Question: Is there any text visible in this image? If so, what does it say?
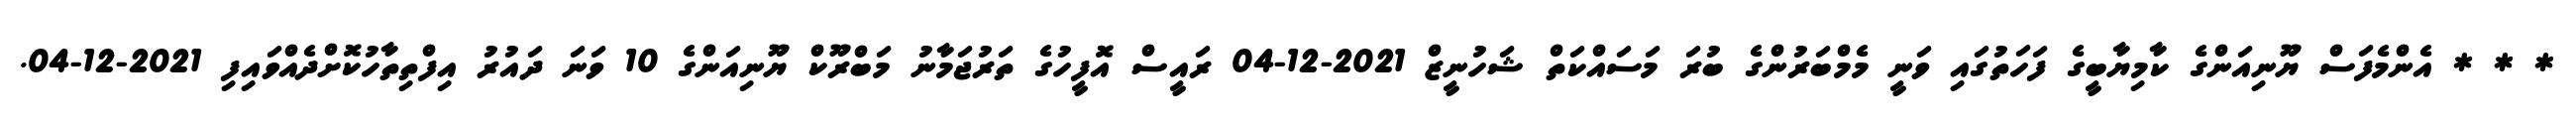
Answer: * * * އެންމެފަސް ޔޫނިއަންގެ ކާމިޔާބީގެ ފަހަތުގައި ވަނީ މެމްބަރުންގެ ބުރަ މަސައްކަތް ޝަހުނީޒް 2021-12-04 ރައީސް އޮފީހުގެ ތަރުޖަމާނު މަބްރޫކް ޔޫނިއަންގެ 10 ވަނަ ދައުރު އިފްތިތާހުކޮށްދެއްވައިފި 2021-12-04.